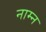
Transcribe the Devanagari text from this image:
नाम्न